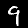
Label: 9